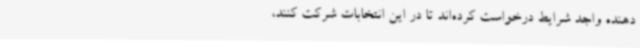
‌دهنده واجد شرایط درخواست کرده‌اند تا در این انتخابات شرکت کنند،